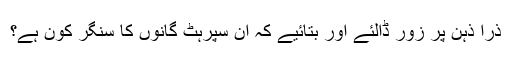
ذرا ذہن پر زور ڈالئے اور بتائیے کہ ان سپرہٹ گانوں کا سنگر کون ہے؟